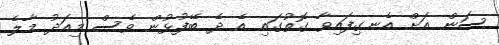
ސަން އަށް އެނގިފައިވާ ގޮތުގައި އެ ދެ ބޭފުޅުން ވެސް މިއަދު މާލެ